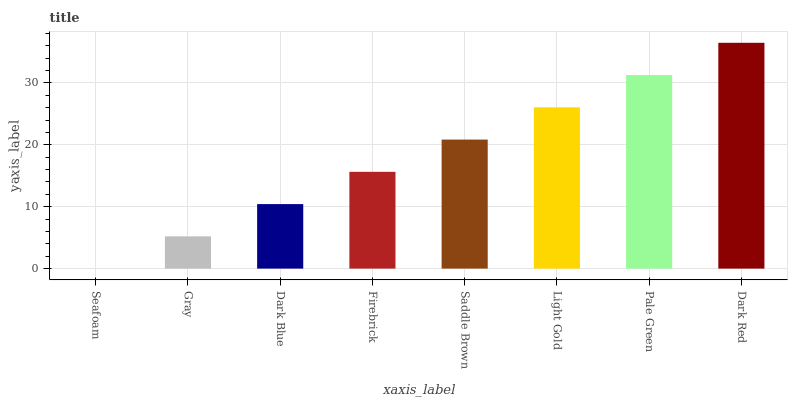
| xaxis_label | bars |
 | --- | --- |
 | Seafoam | 0 |
 | Gray | 5.21 |
 | Dark Blue | 10.4 |
 | Firebrick | 15.6 |
 | Saddle Brown | 20.8 |
 | Light Gold | 26.1 |
 | Pale Green | 31.3 |
 | Dark Red | 36.5 |